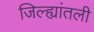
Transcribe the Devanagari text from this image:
जिल्ह्यांतली